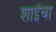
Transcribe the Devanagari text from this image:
शाईंचा